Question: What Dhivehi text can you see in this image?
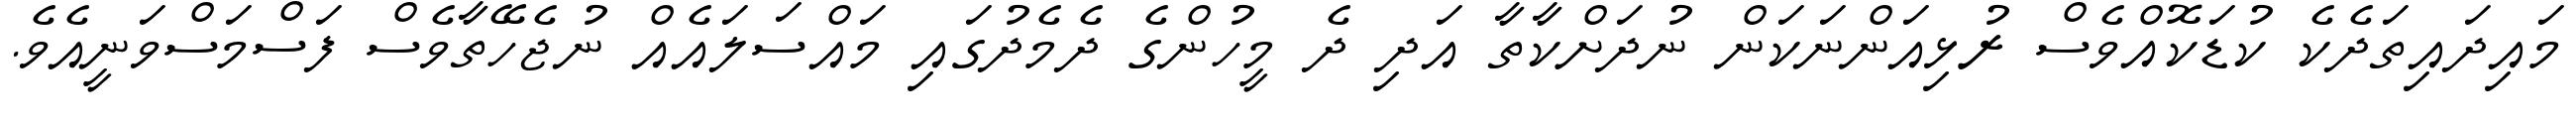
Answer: މައިދައިތަދެކެ ކުޑަކޮއްވެސް ރުޅިއަންނަކަން ނުދަށްކާތާ އަދި ދެ މީހުންގެ ދެމެދުގައި މައްސަލައެއް ނުޖެހޭތާވެސް ފަސްމަސްވަނީއެވެ.